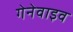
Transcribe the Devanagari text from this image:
गेनेवाइव